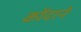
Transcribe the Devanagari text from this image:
कोंदाने